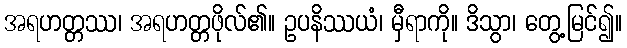
အရဟတ္တဿ၊ အရဟတ္တဖိုလ်၏။ ဥပနိဿယံ၊ မှီရာကို။ ဒိသွာ၊ တွေ့မြင်၍။